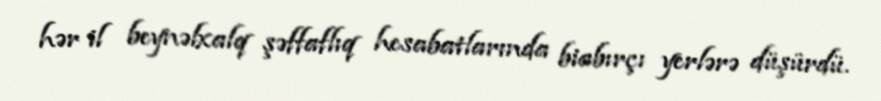
hər il beynəlxalq şəffaflıq hesabatlarında biabırçı yerlərə düşürdü.